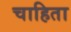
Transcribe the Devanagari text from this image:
चाहिता